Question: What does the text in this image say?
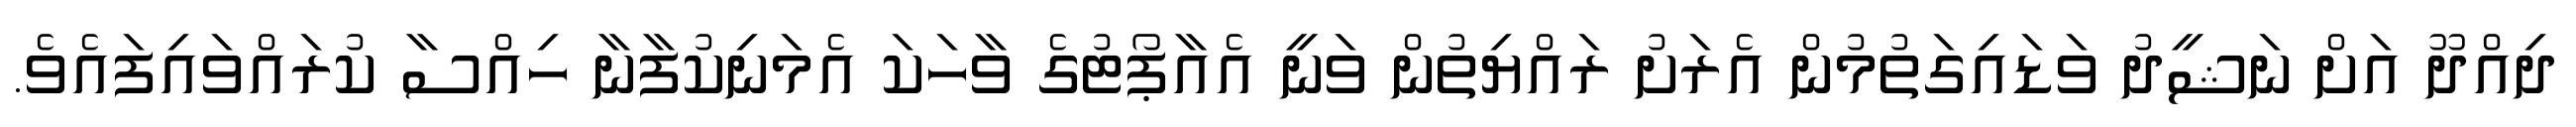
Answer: ދިއްދޫ އަށް ނަޝީދު ވަޑައިގަތުމުން އެރަށު ރައްޔިތުން ވަނީ އެއާޕޯޓުގެ ވާހަކަ އެމަނިކުފާނާ ހިއްސާ ކުރައްވައިފައެވެ.